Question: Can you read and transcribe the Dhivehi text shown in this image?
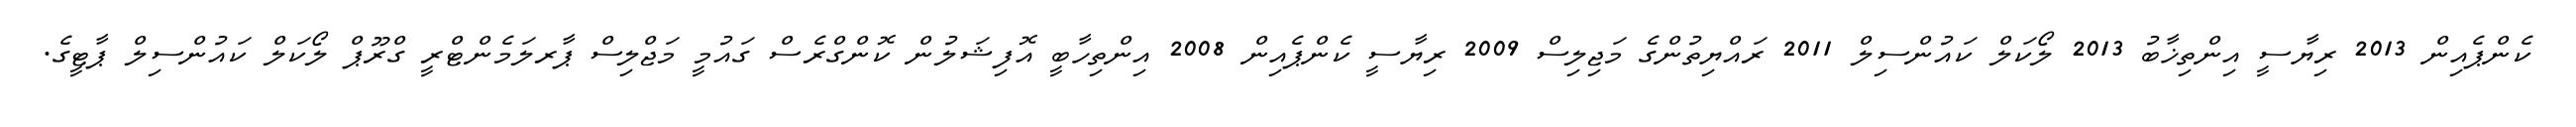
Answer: ކެންޕެއިން 2013 ރިޔާސީ އިންތިޚާބު 2013 ލޯކަލް ކައުންސިލް 2011 ރައްޔިތުންގެ މަޖިލިސް 2009 ރިޔާސީ ކެންޕެއިން 2008 އިންތިހާބީ އޮފިޝަލުން ކޮންގްރެސް ގައުމީ މަޖްލިސް ޕާރލަމެންޓްރީ ގްރޫޕް ލޯކަލް ކައުންސިލް ޕާޓީގެ.